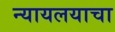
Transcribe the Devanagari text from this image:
न्यायलयाचा